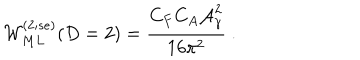
{ \cal W } _ { M L } ^ { ( 2 ; s e ) } ( D = 2 ) = \frac { C _ { F } C _ { A } { \cal A } _ { \gamma } ^ { 2 } } { 1 6 { \pi } ^ { 2 } } \ .